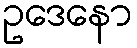
ဥဒေနော